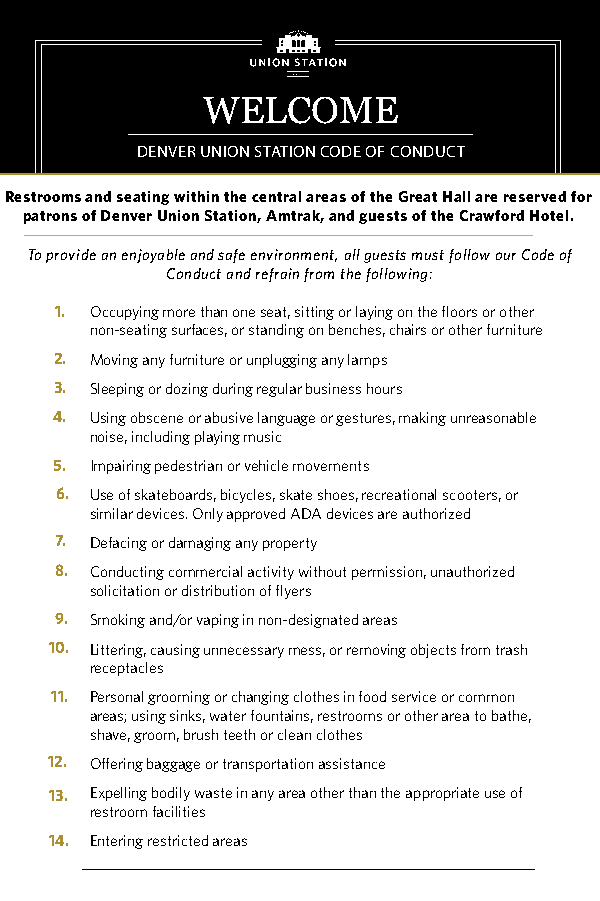
WELCOME
 DENVER UNION STATION CODE OF CONDUCT
 Restrooms and seating within the central areas of the Great Hall are reserved for
 patrons of Denver Union Station, Amtrak, and guests of the Crawford Hotel.
 To provide an enjoyable and safe environment, all guests must follow our Code of
 Conduct and refrain from the following:
 1. Occupying more than one seat, sitting or laying on the floors or other
 non-seating surfaces, or standing on benches, chairs or other furniture
 2. Moving any furniture or unplugging any lamps
 3. Sleeping or dozing during regular business hours
 4. Using obscene or abusive language or gestures, making unreasonable
 noise, including playing music
 5. Impairing pedestrian or vehicle movements
 6. Use of skateboards, bicycles, skate shoes, recreational scooters, or
 similar devices. Only approved ADA devices are authorized
 7. Defacing or damaging any property
 8. Conducting commercial activity without permission, unauthorized
 solicitation or distribution of flyers
 9. Smoking and/or vaping in non-designated areas
 10. Littering, causing unnecessary mess, or removing objects from trash
 receptacles
 11. Personal grooming or changing clothes in food service or common
 areas; using sinks, water fountains, restrooms or other area to bathe,
 shave, groom, brush teeth or clean clothes
 12. Offering baggage or transportation assistance
 13. Expelling bodily waste in any area other than the appropriate use of
 restroom facilities
 14. Entering restricted areas